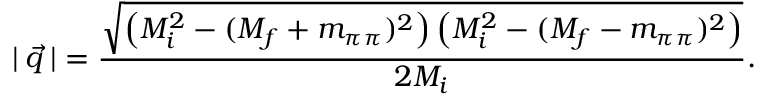
| \: \vec { q } \: | = \frac { \sqrt { \left( M _ { i } ^ { 2 } - ( M _ { f } + m _ { \pi \pi } ) ^ { 2 } \right) \left( M _ { i } ^ { 2 } - ( M _ { f } - m _ { \pi \pi } ) ^ { 2 } \right) } } { 2 M _ { i } } .